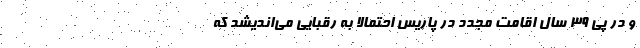
و در پی 39 سال اقامت مجدد در پاریس احتمالا به رقبایی می‌اندیشد که